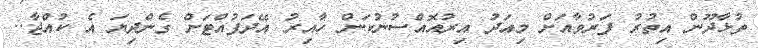
ތުޅާދޫން އިތުރު ފަރުވާއަށް މިއަދު އިރުއޮއްސުނުކަން ހާއިރު އޭދަފުއްޓަށް ގެންދިޔަ އެ ކުއްޖާ..